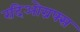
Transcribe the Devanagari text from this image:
रदिओग्रफ्स